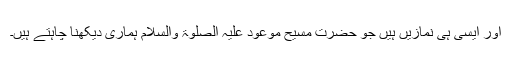
اور ایسی ہی نمازیں ہیں جو حضرت مسیح موعود علیہ الصلوۃ والسلام ہماری دیکھنا چاہتے ہیں۔